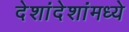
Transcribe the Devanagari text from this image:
देशांदेशांमध्ये